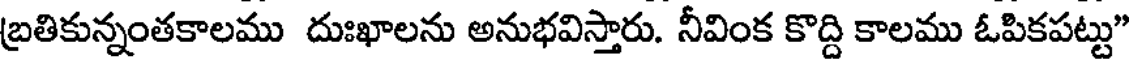
బ్రతికున్నంతకాలము దుఃఖాలను అనుభవిస్తారు. నీవింక కొద్ది కాలము ఓపికపట్టు"